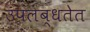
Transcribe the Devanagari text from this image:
उपलब्धतेत